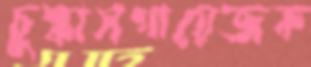
চুল্‌কাসগায়েজক